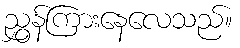
ညွှန်ကြားနေလေသည်။